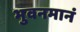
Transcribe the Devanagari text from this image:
भुवनमानं